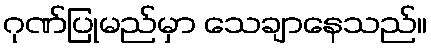
ဂုဏ်ပြုမည်မှာ သေချာနေသည်။